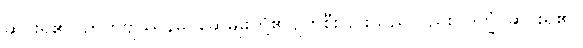
ဆင်းရဲ၏။ ဉာတိဗျဿနမ္ပိ၊ ဆွေမျိုးတို့၏ပျက်စီးခြင်းသည်လည်း။ ဒုက္ခံ၊ ဆင်းရဲ၏။